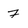
Character: 7